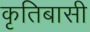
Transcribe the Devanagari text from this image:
कृतिबासी